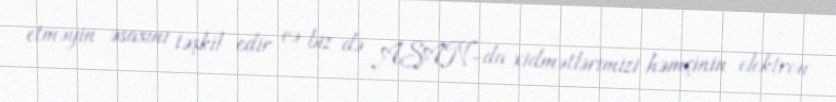
etməyin əsasını təşkil edir və biz də ASAN-da xidmətlərimizi həmçinin elektron